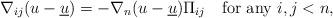
LaTeX: \begin{align*}\nabla_{ij}(u-\underline{u})=-\nabla_{n}(u-\underline{u})\Pi_{ij}\quad\textrm{for any } i,j<n,\end{align*}